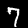
Digit: 7